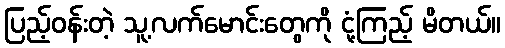
ပြည့်ဝန်းတဲ့ သူ့လက်မောင်းတွေကို ငုံ့ကြည့် မိတယ်။